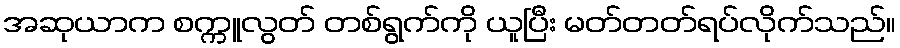
အဆုယာက စက္ကူလွတ် တစ်ရွက်ကို ယူပြီး မတ်တတ်ရပ်လိုက်သည်။